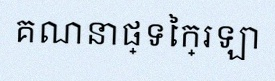
គណនាផ្ទៃក្រឡា